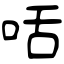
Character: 咶